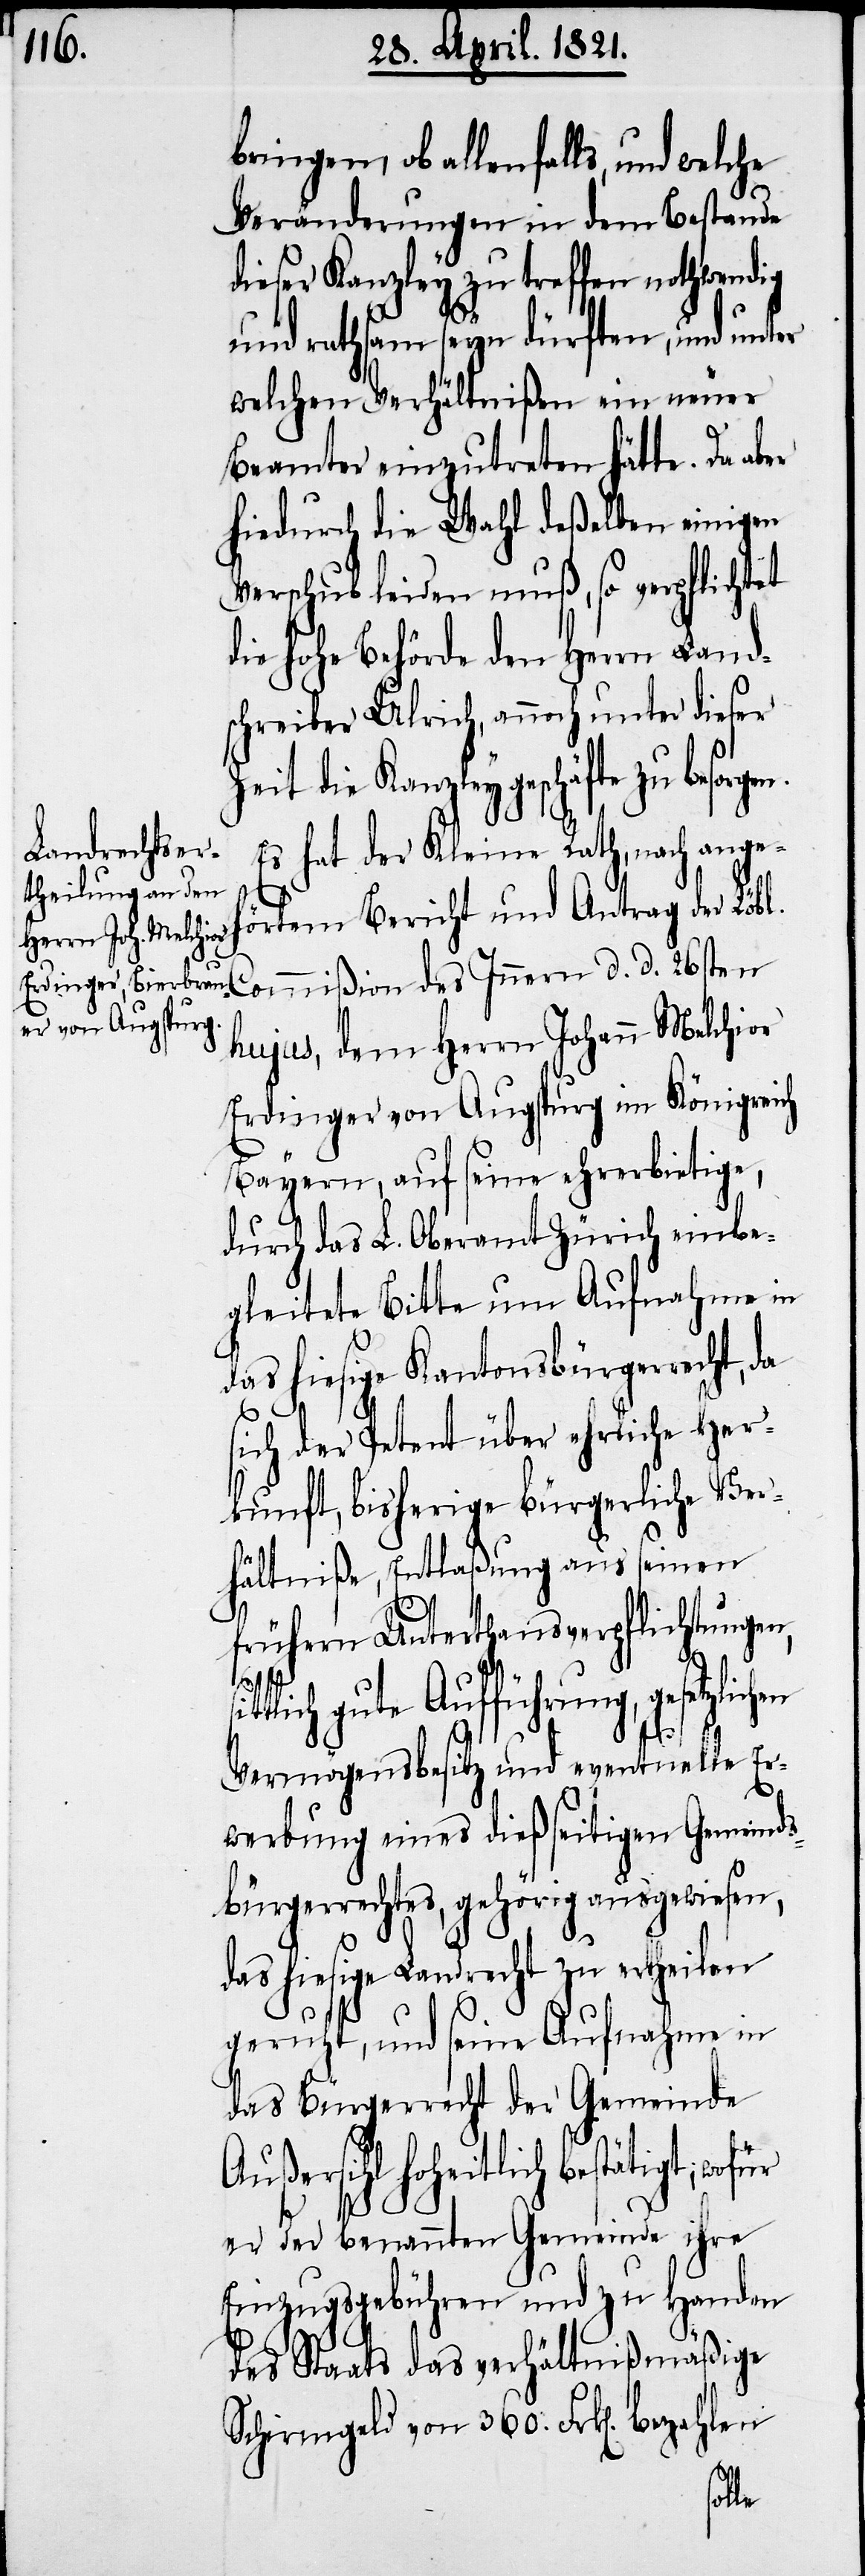
bringen ob allenfalls, und welche
Veränderungen in dem Bestande
dieser Kanzley zu treffen nothwen¬
und rathsam seyn dürften, und unter
welchen Verhältnißen ein neuer
Beamter einzutreten hätte. Da aber
hiedurch die Wahl deßelben einigen
Verschub leiden muß, so verpflichtet
die hohe Behörde den Herrn Land¬
schreiber Ulrich, auch unter dieser
Zeit die Kanzleygeschäfte zu besorg¬
Es hat der Kleine Rath, nach angeh¬
örtem Bericht und Antrag der Löbl.
nern d. d. 26sten
hujus, dem Herrn Johann Melchior
Erdinger von Augspurg im Königreich
Bayern, auf seine ehrerbietige,
durch das L. Oberamt Zürich einbe¬
gleitete Bitte um Aufnahme in
das hiesige Kantonsbürgerrecht, da
ich der Petent über ehrliche Her¬
kunft, bisherige bürgerliche Ver¬
hältniße, Entlaßung aus seinen
frühern Unterthansverpflichtungen,
tlich gute Aufführung, gesetzlic¬
Vermögensbesitz und eventuelle Er¬
werbung eines dießseitigen Gemeinds¬
bürgerrechtes, gehörig ausgewiesen,
das hiesige Landrecht zu ertheilen
geruht, und seine Aufnahme in
das Bürgerrecht der Gemeinde
Außersihl hoheitlich bestätigt; wof¬
er der benannten Gemeinde ihre
Einzugsgebühren und zu Handen
des Staats das verhältnißmäßige
Schirmgeld von 360. Frk[en]. bezahlen
ür